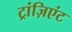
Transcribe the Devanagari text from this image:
ट्रांज़िएंट